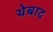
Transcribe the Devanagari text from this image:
थेबाद